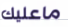
ماعليك